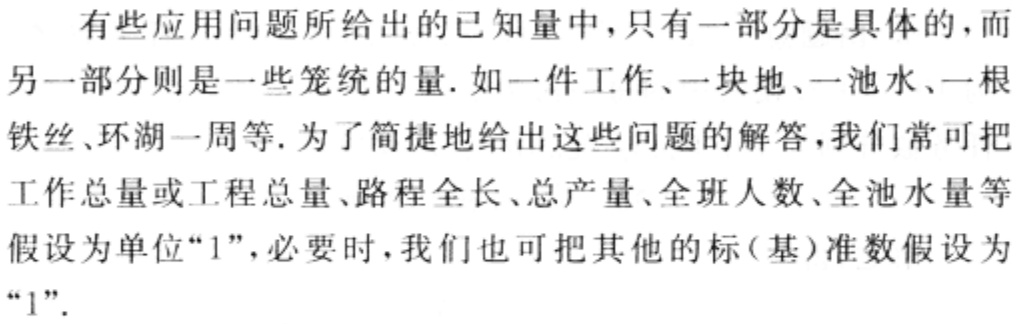
有些应用问题所给出的已知量中，只有一部分是具体的，而另一部分则是一些笼统的量. 如一件工作、一块地、一池水、一根铁丝、环湖一周等. 为了简捷地给出这些问题的解答，我们常可把工作总量或工程总量、路程全长、总产量、全班人数、全池水量等假设为单位“1”，必要时，我们也可把其他的标(基)准数假设为“1”.